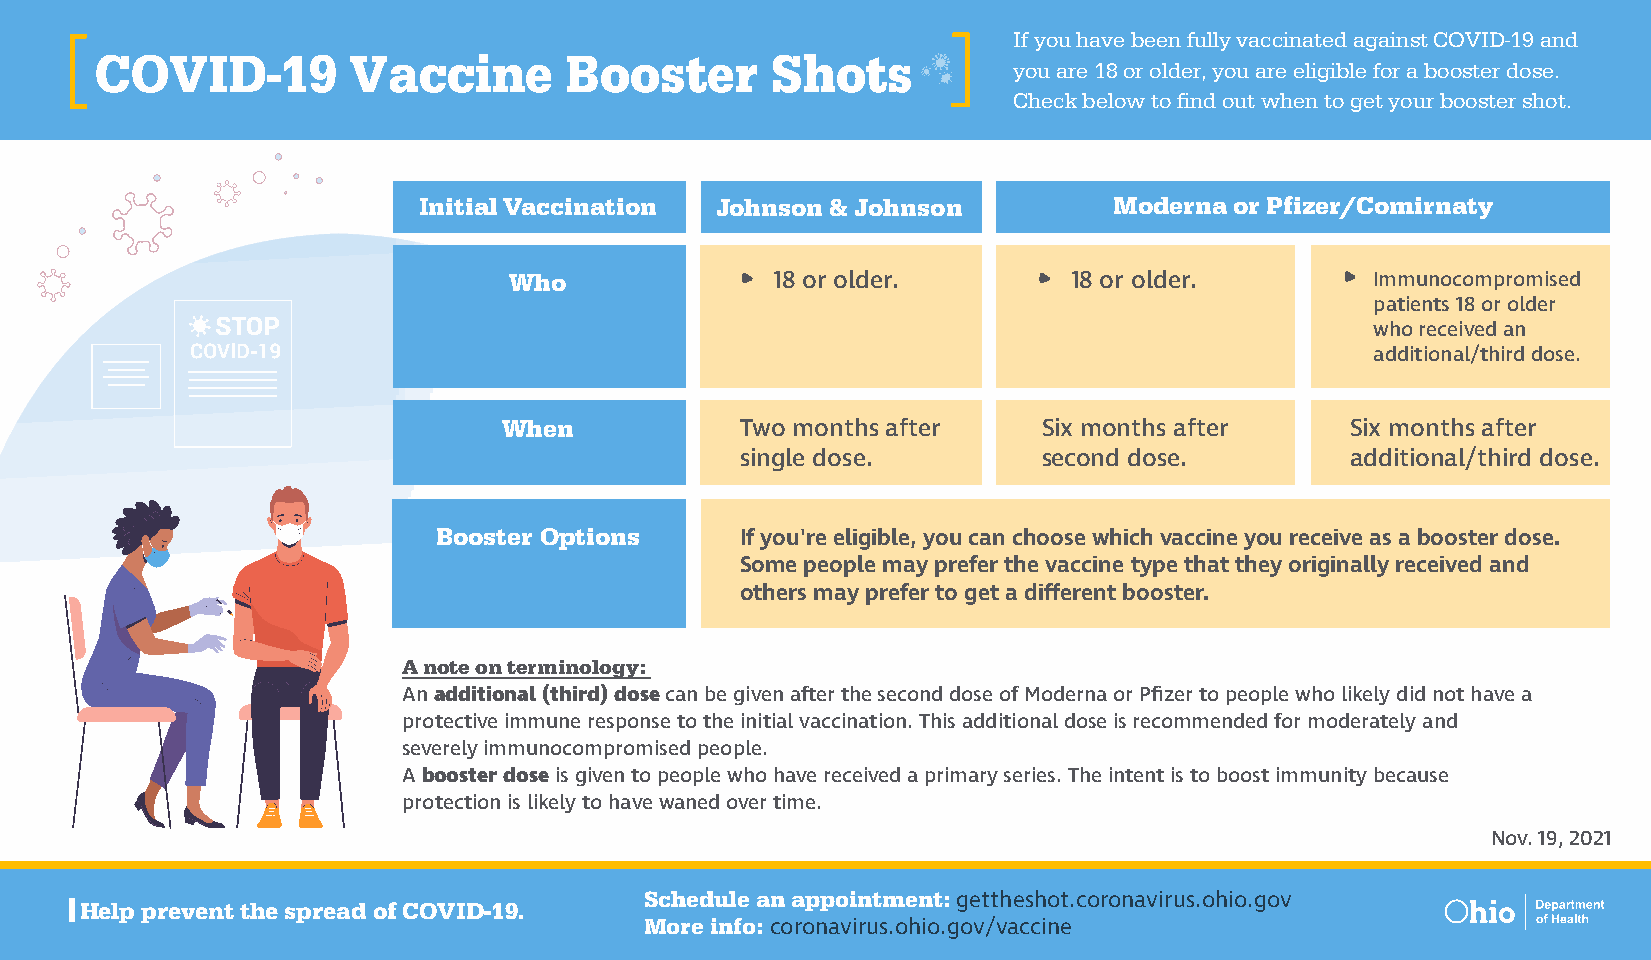
If you have been fully vaccinated against COVID-19 and
 COVID-19         Vaccine       Booster       Shots
 you are 18 or older, you are eligible for a booster dose.
 Check below to find out when to get your booster shot.
 Initial Vaccination Johnson & Johnson         Moderna or Pfizer/Comirnaty
 Who              18 or older.        18 or older.        Immunocompromised
 patients 18 or older
 who received an
 additional/third dose.
 When            Two months after    Six months after    Six months after
 single dose.        second dose.        additional/third dose.
 Booster Options     If you're eligible, you can choose which vaccine you receive as a booster dose.
 Some people may prefer the vaccine type that they originally received and
 others may prefer to get a different booster.
 A note on terminology:
 An additional (third) dose can be given after the second dose of Moderna or Pfizer to people who likely did not have a
 protective immune response to the initial vaccination. This additional dose is recommended for moderately and
 severely immunocompromised people.
 A booster dose is given to people who have received a primary series. The intent is to boost immunity because
 protection is likely to have waned over time.
 Nov. 19, 2021
 Schedule an appointment: gettheshot.coronavirus.ohio.gov
 Help prevent the spread of COVID-19.
 More info: coronavirus.ohio.gov/vaccine